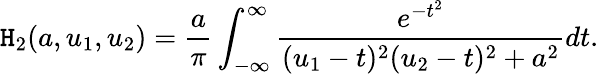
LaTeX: \mathtt{H}_{2}(a,u_{1},u_{2})={\frac{{a}}{{\pi}}}\int_{-\infty}^{\infty}{\frac{{e^{-t^{2}}}}{{(u_{1}-t)^{2}(u_{2}-t)^{2}+a^{2}}}}dt.